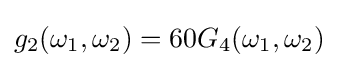
g_{2}(\omega _{1},\omega _{2})=60G_{4}(\omega _{1},\omega _{2})